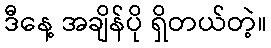
ဒီနေ့ အချိန်ပို ရှိတယ်တဲ့။